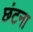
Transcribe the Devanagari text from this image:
छंटना